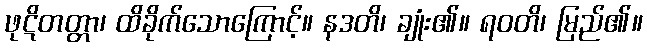
ဖုဋိတတ္တာ၊ ထိခိုက်သောကြောင့်။ နဒတိ၊ ချုံး၏။ ရဝတိ၊ မြည်၏။